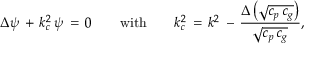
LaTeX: \Delta \psi \, + \, k _ { c } ^ { 2 } \, \psi \, = \, 0 \qquad { \mathrm { w i t h } } \qquad k _ { c } ^ { 2 } \, = \, k ^ { 2 } \, - \, { \frac { \Delta \left( { \sqrt { c _ { p } \, c _ { g } } } \right) } { \sqrt { c _ { p } \, c _ { g } } } } ,